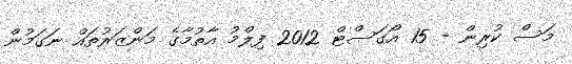
މަސް ކުރިން - 15 އޯގަސްޓް 2012 ފިލްމު އާތުމާގެ މަންޒަރުތައް ނަގަމުން